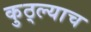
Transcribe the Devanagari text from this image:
कुठ्ल्याच